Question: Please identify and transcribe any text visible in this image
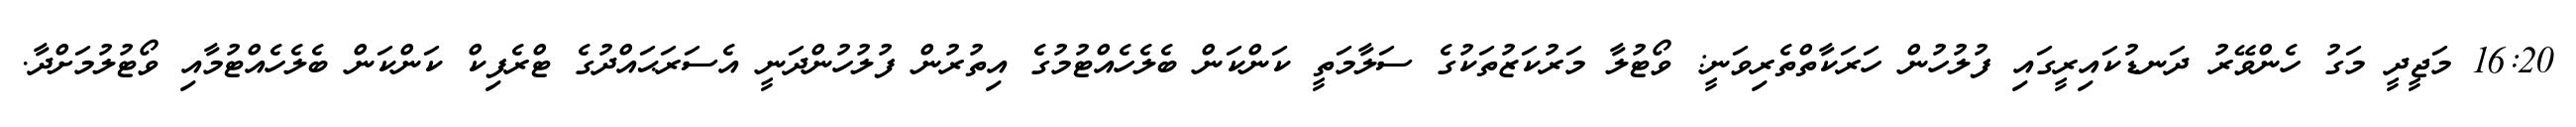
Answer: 16:20 މަޖީދީ މަގު ހެންވޭރު ދަނޑުކައިރީގައި ފުލުހުން ހަރަކާތްތެރިވަނީ: ވޯޓުލާ މަރުކަޒުތަކުގެ ސަލާމަތީ ކަންކަން ބެލެހެއްޓުމުގެ އިތުރުން ފުލުހުންދަނީ އެސަރަޙައްދުގެ ޓްރެފިކް ކަންކަން ބެލެހެއްޓުމާއި ވޯޓުލުމަށްދާ.